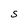
Character: S